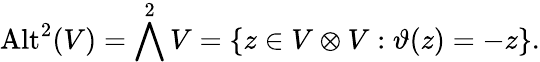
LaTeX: {\mathrm{Alt}}^{2}(V)=\bigwedge^{2}V=\{ z\in V\otimes V:\vartheta(z)=-z\} .